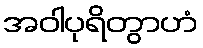
အဝါပုရိတွာဟံ